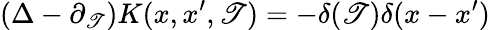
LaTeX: \left(\Delta-\partial_{\mathscr{T}}\right)K(x,x^{\prime},\mathscr{T})=-\delta(\mathscr{T})\delta(x-x^{\prime})